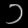
Digit: ၁